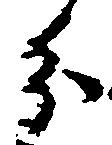
分